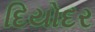
દિયોદર